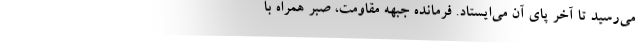
می‌رسید تا آخر پای آن می‌ایستاد. فرمانده جبهه مقاومت، صبر همراه با